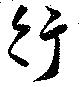
行